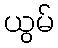
ယွမ်